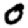
Digit: 0